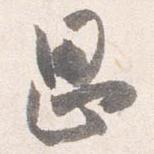
思